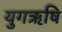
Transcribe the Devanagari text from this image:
युगऋषि